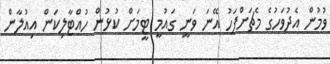
ވުމުން އެދުވަހުގެ މެޗަށްފަހު އޭނަ ވަނީ ގައުމީ ޓީމަށް ކުޅުން ހުއްޓާލިކަން އިއުލާން